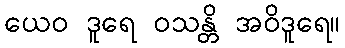
ယေဝ ဒူရေ ဝသန္တိ အဝိဒူရေ။